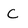
Character: C